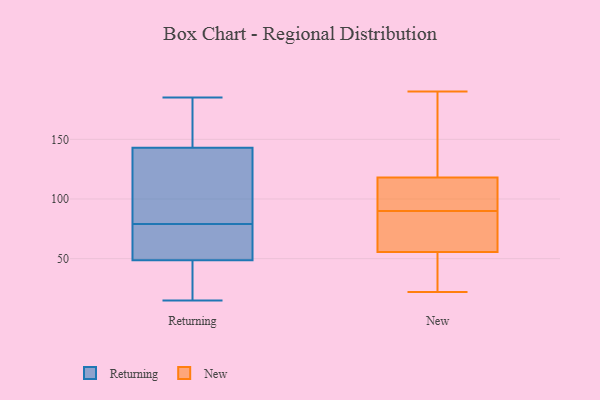
{"axis": {"x": "Churn Rate (%)", "y": "Value"}, "legend": ["New", "Returning"], "data": [{"x": "", "y": 122, "type": "Returning"}, {"x": "", "y": 46, "type": "Returning"}, {"x": "", "y": 185, "type": "Returning"}, {"x": "", "y": 79, "type": "Returning"}, {"x": "", "y": 57, "type": "Returning"}, {"x": "", "y": 32, "type": "Returning"}, {"x": "", "y": 59, "type": "Returning"}, {"x": "", "y": 150, "type": "Returning"}, {"x": "", "y": 157, "type": "Returning"}, {"x": "", "y": 97, "type": "Returning"}, {"x": "", "y": 15, "type": "Returning"}, {"x": "", "y": 57, "type": "New"}, {"x": "", "y": 90, "type": "New"}, {"x": "", "y": 190, "type": "New"}, {"x": "", "y": 140, "type": "New"}, {"x": "", "y": 99, "type": "New"}, {"x": "", "y": 121, "type": "New"}, {"x": "", "y": 22, "type": "New"}, {"x": "", "y": 88, "type": "New"}, {"x": "", "y": 61, "type": "New"}, {"x": "", "y": 90, "type": "New"}, {"x": "", "y": 33, "type": "New"}, {"x": "", "y": 40, "type": "New"}, {"x": "", "y": 177, "type": "New"}, {"x": "", "y": 109, "type": "New"}, {"x": "", "y": 55, "type": "New"}]}